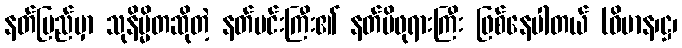
နတ်ပြည်မှာ သုနိမ္မိတဆိုတဲ့ နတ်မင်းကြီး၏ နတ်မိဖုရားကြီး ဖြစ်နေပါတယ် (ဝိမာန၊ဋ္ဌ၊